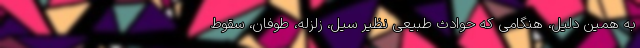
به همین دلیل، هنگامی که حوادث طبیعی نظیر سیل، زلزله، طوفان، سقوط